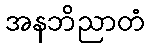
အနဘိညာတံ